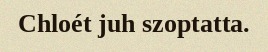
Chloét juh szoptatta.